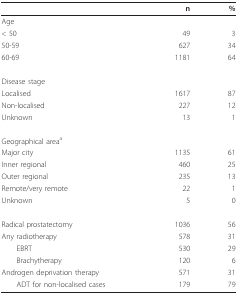
|  | n | % |
 | --- | --- | --- |
 | Age |  |  |
 | < 50 | 49 | 3 |
 | 50-59 | 627 | 34 |
 | 60-69 | 1181 | 64 |
 | Disease stage |  |  |
 | Localised | 1617 | 87 |
 | Non-localised | 227 | 12 |
 | Unknown | 13 | 1 |
 | Geographical areaa |  |  |
 | Major city | 1135 | 61 |
 | Inner regional | 460 | 25 |
 | Outer regional | 235 | 13 |
 | Remote/very remote | 22 | 1 |
 | Unknown | 5 | 0 |
 | Radical prostatectomy | 1036 | 56 |
 | Any radiotherapy | 578 | 31 |
 | EBRT | 530 | 29 |
 | Brachytherapy | 120 | 6 |
 | Androgen deprivation therapy | 571 | 31 |
 | ADT for non-localised cases | 179 | 79 |